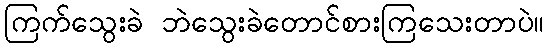
ကြက်သွေးခဲ ဘဲသွေးခဲတောင်စားကြသေးတာပဲ။